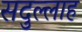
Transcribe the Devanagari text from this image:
सदुल्‍लाह